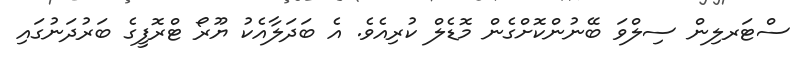
ސްޓަރލިން ސިލްވަ ބޭނުންކޮށްގެން މޮޑެލް ކުރިއެވެ. އެ ބަދަލާއެކު ޔޫރޯ ޓްރޮފީގެ ބަރުދަނުގައި